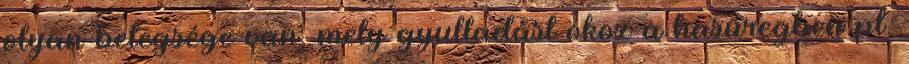
olyan betegsége van, mely gyulladást okoz a hasüregben pl.